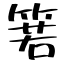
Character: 箬